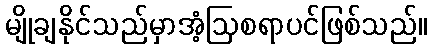
မျိုချနိုင်သည်မှာအံ့ဩစရာပင်ဖြစ်သည်။